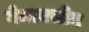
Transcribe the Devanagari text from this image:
गेमाक्सीन